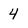
Character: 4